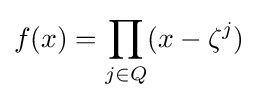
f(x)=\prod _{j\in Q}(x-\zeta ^{j})